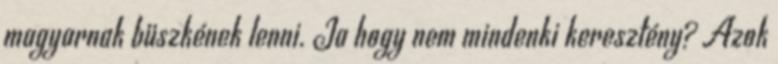
magyarnak büszkének lenni. Ja hogy nem mindenki keresztény? Azok